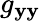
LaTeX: g_{\mathbf{y}\mathbf{y}}